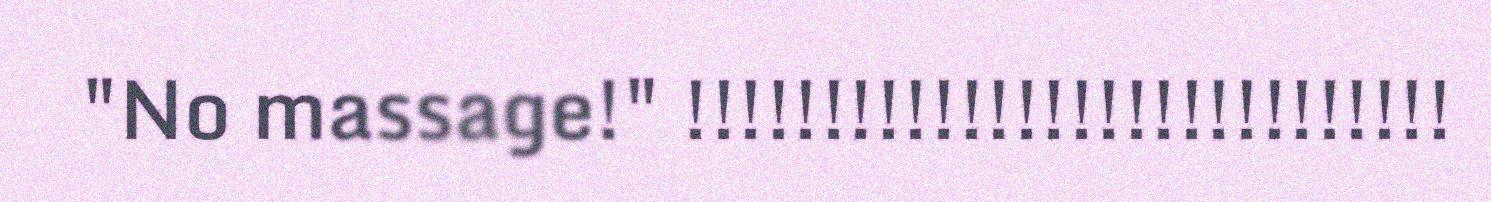
"No massage!" !!!!!!!!!!!!!!!!!!!!!!!!!!!!